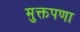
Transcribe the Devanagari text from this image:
मुक्तपणा